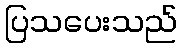
ပြသပေးသည်